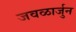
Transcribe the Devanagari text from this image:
जवळार्जुन